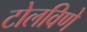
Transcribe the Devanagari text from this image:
टोलविणे